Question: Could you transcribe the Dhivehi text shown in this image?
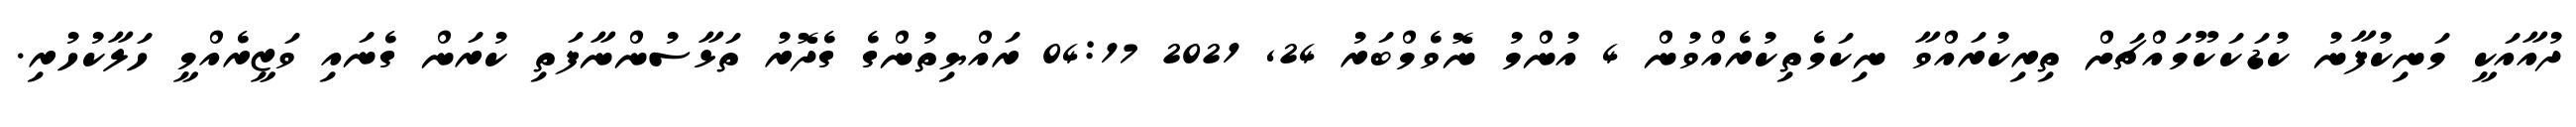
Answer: ދުއާއަކީ މަނިކުފާނު ކުޑަކަކޫމައްޗަށް ތިރިކުރައްވާ ނިކަމެތިކުރެއްވުން 4 އުންމު ނޮވެމްބަރު 24, 2021 04:17 ރައްޔިތުންގެ ގެދޮރު ތަޅާސުންނާފަތި ކުރަން ގެނައި ވަޒީރެއްމީ ހަލާކުހުރި.